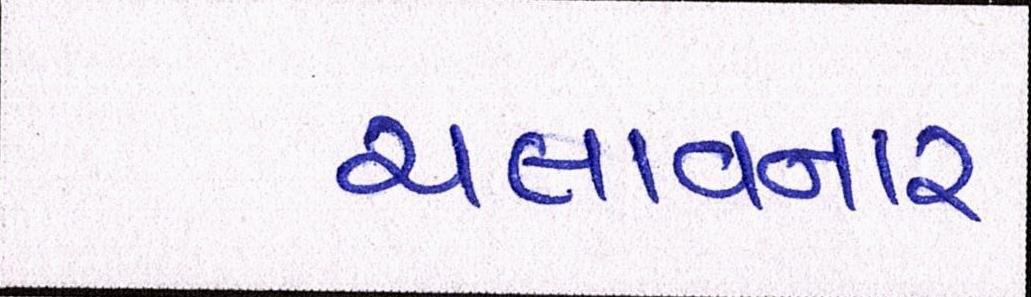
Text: ચલાવનાર